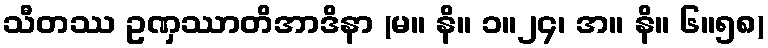
သီတဿ ဥဏှဿာတိအာဒိနာ (မ။ နိ။ ၁။၂၄၊ အ။ နိ။ ၆။၅၈)